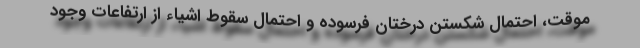
موقت، احتمال شکستن درختان فرسوده و احتمال سقوط اشیاء از ارتفاعات وجود